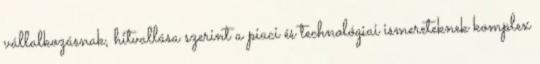
vállalkozásnak, hitvallása szerint a piaci és technológiai ismereteknek komplex